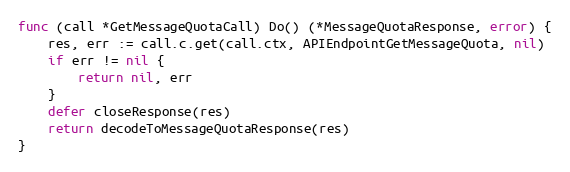
Language: Go
func (call *GetMessageQuotaCall) Do() (*MessageQuotaResponse, error) {
	res, err := call.c.get(call.ctx, APIEndpointGetMessageQuota, nil)
	if err != nil {
		return nil, err
	}
	defer closeResponse(res)
	return decodeToMessageQuotaResponse(res)
}